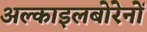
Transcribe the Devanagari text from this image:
अल्काइलबोरेनों